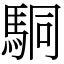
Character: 駧